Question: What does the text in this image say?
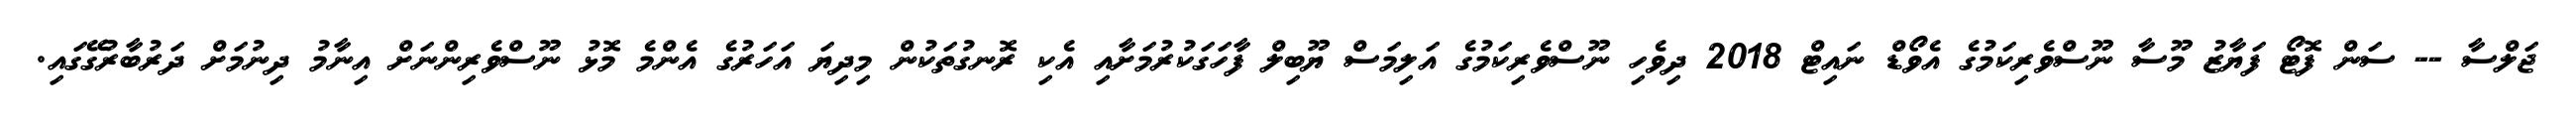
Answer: ޖަލްސާ -- ސަން ފޮޓޯ ފަޔާޒު މޫސާ ނޫސްވެރިކަމުގެ އެވޯޑް ނައިޓް 2018 ދިވެހި ނޫސްވެރިކަމުގެ އަލިމަސް ޔޫބިލް ފާހަގަކުރުމަށާއި އެކި ރޮނގުތަކުން މިދިޔަ އަހަރުގެ އެންމެ މޮޅު ނޫސްވެރިންނަށް އިނާމު ދިނުމަށް ދަރުބާރުގޭގައި.